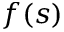
f ( s )